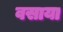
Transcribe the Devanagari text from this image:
वसाया